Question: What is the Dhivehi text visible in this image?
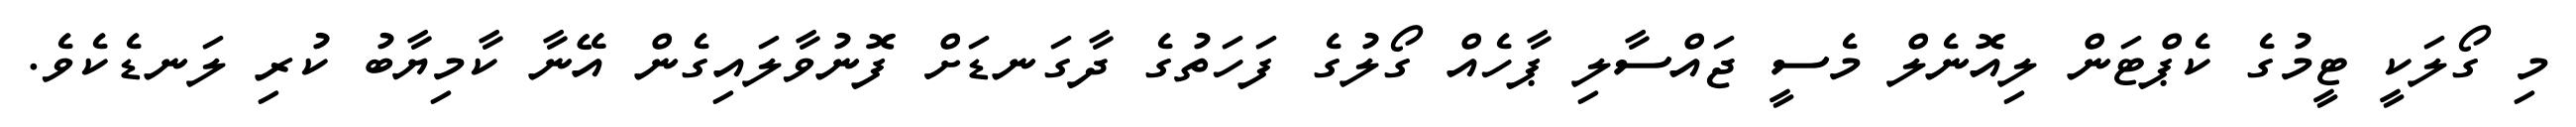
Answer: މި ގޯލަކީ ޓީމުގެ ކެޕްޓަން ލިއޮނެލް މެސީ ޖައްސާލި ޕާހެއް ގޯލުގެ ފަހަތުގެ ދާގަނޑަށް ފޮނުވާލައިގެން އޭނާ ކާމިޔާބު ކުރި ލަނޑެކެވެ.